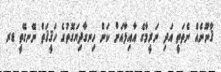
ޤާނޫނެއް ނެތަތީ އަދި ނަރީމާގެ އާއިލާއަށް ކަން ހިނގާދިޔަގޮތުގެ ހަޤީޤަތް ނޭނގޭތީ ޑރ